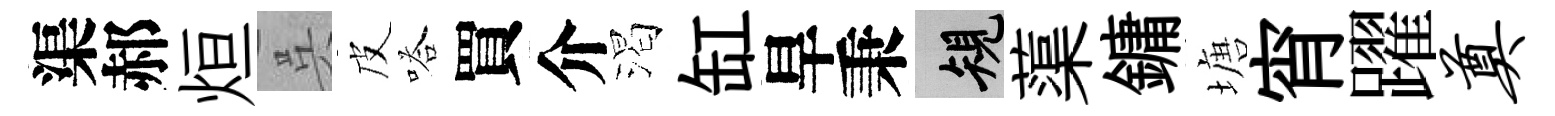
渠郝烜呉皮嗒買介渴缸旱秉規蕖鏞塘宵躍奠